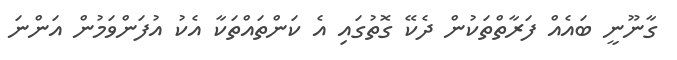
ގާނޫނީ ބައެއް ފަރާތްތަކުން ދެކޭ ގޮތުގައި އެ ކަންތައްތަކާ އެކު އުފަންވަމުން އަންނަ